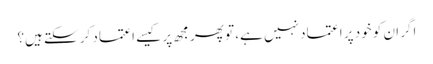
اگر ان کو خود پر اعتماد نہیں ہے، تو پھر مجھ پر کیسے اعتماد کر سکتے ہیں؟